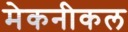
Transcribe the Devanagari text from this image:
मेकनीकल